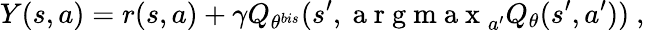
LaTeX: Y(s,a)=r(s,a)+\gamma Q_{\theta^{bis}}(s^{\prime},\mathrm{~a~r~g~m~a~x~}_{a^{\prime}}Q_{\theta}(s^{\prime},a^{\prime}))~,